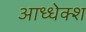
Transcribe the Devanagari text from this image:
आध्धेक्श